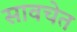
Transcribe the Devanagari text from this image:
सावचेत